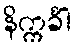
နိက္ကင်္ခါ